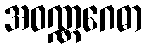
အဝဏ္ဏဂေဓာ